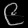
Digit: ၉